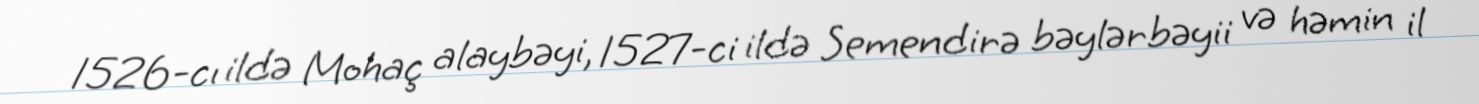
1526-cı ildə Mohaç alaybəyi, 1527-ci ildə Semendirə bəylərbəyii və həmin il